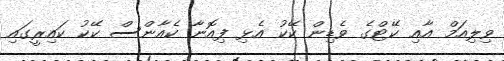
ވިލިއަމް އާއި ކޭޓްގެ ވެޑިން ކޭކު އެޅި ފިއޮނާ ކެއާންސް ކޭކު ކައިރީގައި